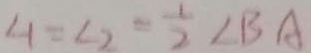
\angle 1 = \angle 2 = \frac { 1 } { 2 } \angle B A